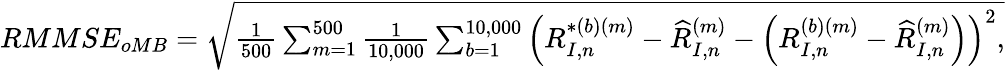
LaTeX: \begin{array}{r}{RMMSE_{oMB}=\sqrt{\frac{1}{500}\sum_{m=1}^{500}\frac{1}{10,000}\sum_{b=1}^{10,000}\left(R_{I,n}^{*(b)(m)}-\widehat R_{I,n}^{(m)}-\left(R_{I,n}^{(b)(m)}-\widehat R_{I,n}^{(m)}\right)\right)^{2},}}\end{array}